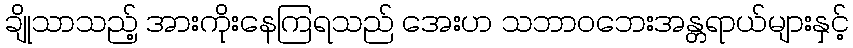
ချိုသာသည့် အားကိုးနေကြရသည် အေးဟ သဘာဝဘေးအန္တရာယ်များနှင့်